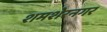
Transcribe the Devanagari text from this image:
शमशेरनगर